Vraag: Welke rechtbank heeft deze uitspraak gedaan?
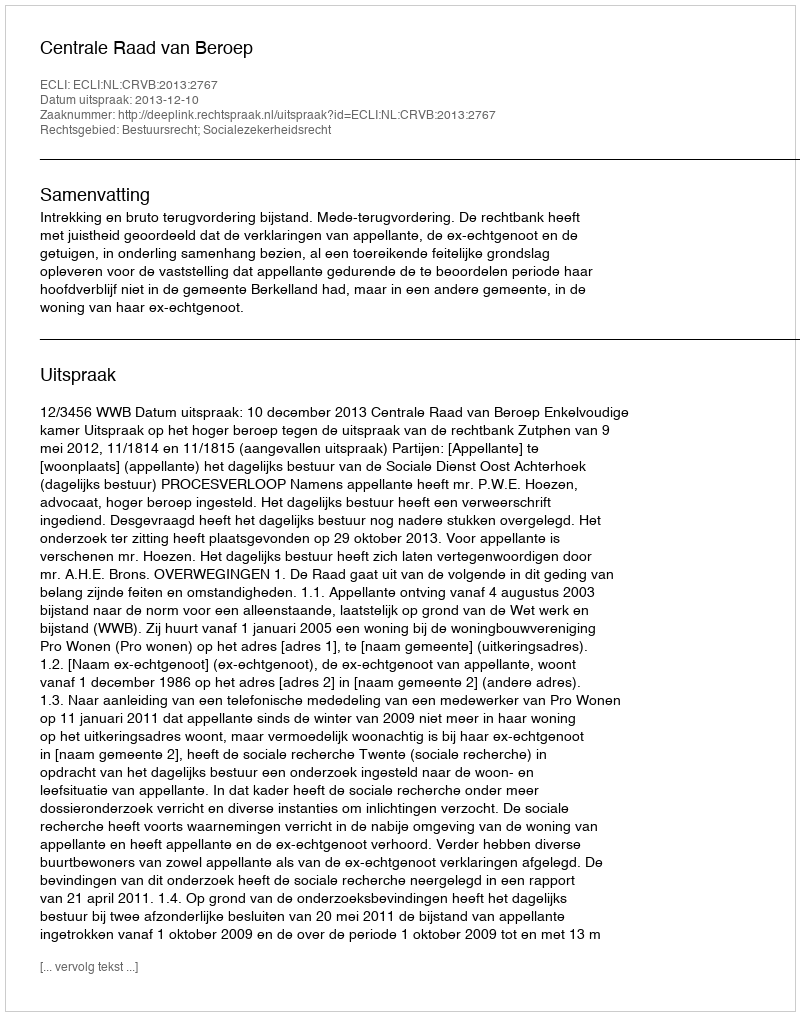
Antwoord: Centrale Raad van Beroep